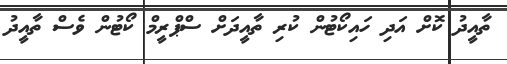
ތާއީދު ކޮށް އަދި ހައިކޯޓުން ކުރި ތާއީދަށް ސްޕްރީމް ކޯޓުން ވެސް ތާއީދު